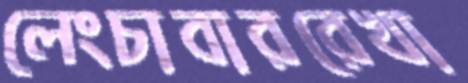
লেংচাবাররেখা